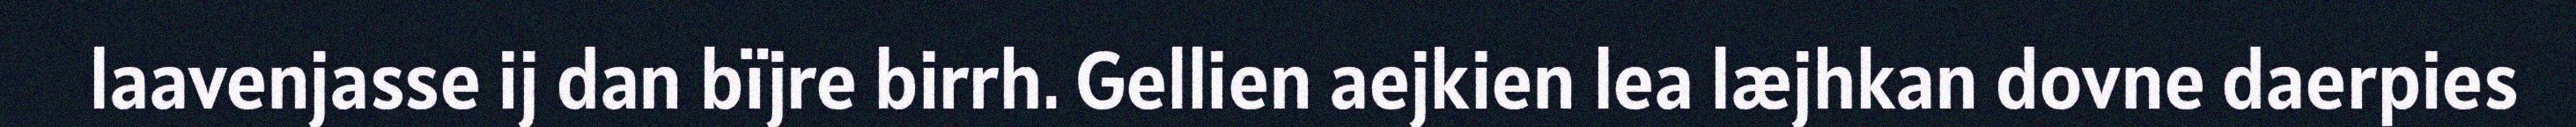
laavenjasse ij dan bïjre birrh. Gellien aejkien lea læjhkan dovne daerpies